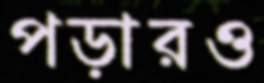
পড়ারও